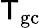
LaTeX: {\sf T}_{\mathrm{gc}}